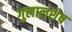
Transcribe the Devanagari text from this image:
गुलालशेष